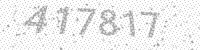
Solution: 417817